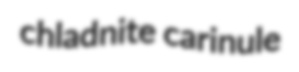
chladnite carinule